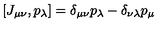
[ J _ { \mu \nu } , p _ { \lambda } ] = \delta _ { \mu \nu } p _ { \lambda } - \delta _ { \nu \lambda } p _ { \mu }